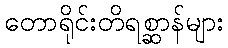
တောရိုင်းတိရစ္ဆာန်များ